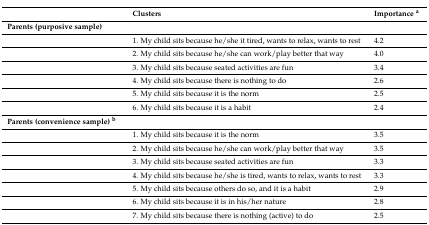
|  | Clusters | Importance a |
 | --- | --- | --- |
 | Parents (purposive sample) |  |  |
 |  | 1. My child sits because he/she it tired, wants to relax, wants to rest | 4.2 |
 |  | 2. My child sits because he/she can work/play better that way | 4.0 |
 |  | 3. My child sits because seated activities are fun | 3.4 |
 |  | 4. My child sits because there is nothing to do | 2.6 |
 |  | 5. My child sits because it is the norm | 2.5 |
 |  | 6. My child sits because it is a habit | 2.4 |
 | Parents (convenience sample) b |  |  |
 |  | 1. My child sits because it is the norm | 3.5 |
 |  | 2. My child sits because he/she can work/play better that way | 3.5 |
 |  | 3. My child sits because seated activities are fun | 3.3 |
 |  | 4. My child sits because he/she is tired, wants to relax, wants to rest | 3.3 |
 |  | 5. My child sits because others do so, and it is a habit | 2.9 |
 |  | 6. My child sits because it is in his/her nature | 2.8 |
 |  | 7. My child sits because there is nothing (active) to do | 2.5 |